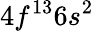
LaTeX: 4f^{13}6s^{2}